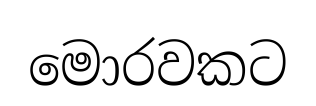
මොරවකට